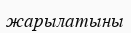
жарылатыны